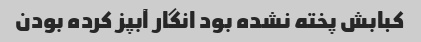
کبابش پخته نشده بود انگار آبپز کرده بودن